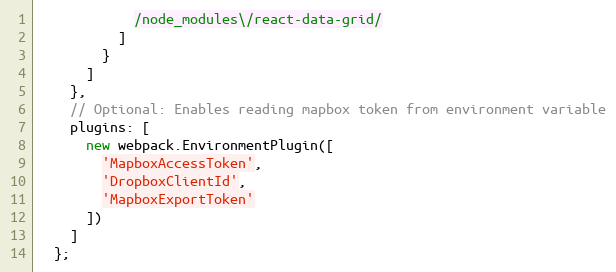
Language: JavaScript
            /node_modules\/react-data-grid/
          ]
        }
      ]
    },
    // Optional: Enables reading mapbox token from environment variable
    plugins: [
      new webpack.EnvironmentPlugin([
        'MapboxAccessToken',
        'DropboxClientId',
        'MapboxExportToken'
      ])
    ]
  };